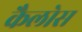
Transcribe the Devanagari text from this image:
कैलोस